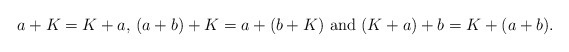
\begin{align*}a+K = K+a \textrm{, }(a+b)+K = a+(b+K) \textrm{ and } (K+a)+b = K+(a+b) \textrm{. }\end{align*}